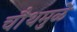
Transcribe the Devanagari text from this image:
चौथमुळे